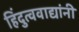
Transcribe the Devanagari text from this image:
हिंदुत्ववाद्यांनी